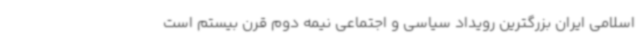
اسلامی ایران بزرگترین رویداد سیاسی و اجتماعی نیمه دوم قرن بیستم است